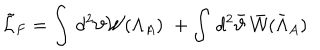
\tilde { \cal L } _ { F } = \int \, d ^ { 2 } { \vartheta } { \cal W } ( \Lambda _ { A } ) \, \, + \int \, d ^ { 2 } \bar { { \vartheta } } \, \bar { { \cal W } } ( \bar { \Lambda } _ { A } )